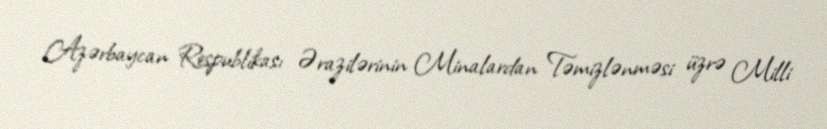
Azərbaycan Respublikası Ərazilərinin Minalardan Təmizlənməsi üzrə Milli